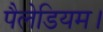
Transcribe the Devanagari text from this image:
पैलेडियम।